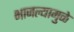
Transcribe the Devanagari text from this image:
भाजल्यामुळे